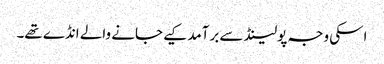
اسکی وجہ پولینڈ سے برآمد کیے جانے والے انڈے تھے۔